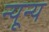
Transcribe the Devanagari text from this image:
न्यून्य